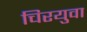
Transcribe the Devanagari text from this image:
चिरयुवा